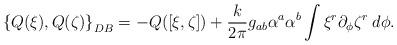
LaTeX: \begin{align*}\left\{Q(\xi),Q(\zeta)\right\}_{DB} = - Q([\xi,\zeta]) + {k\over2\pi}g_{ab}\alpha^a\alpha^b\int \xi^r\partial_\phi\zeta^r \: d\phi .\end{align*}